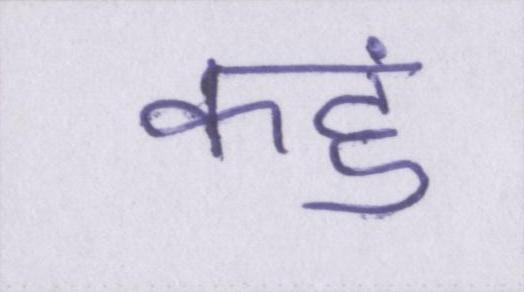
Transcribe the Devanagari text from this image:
कहुं